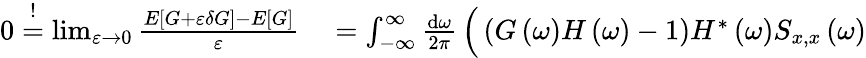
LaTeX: \begin{array}{rl}{0\stackrel{!}{=}\operatorname*{lim}_{\varepsilon\to 0}\frac{E\left[G+\varepsilon\delta G\right]-E\left[G\right]}{\varepsilon}}&{{}=\int_{-\infty}^{\infty}\frac{\mathrm{d}\omega}{2\pi}\, \Big(\left(G\left(\omega\right)H\left(\omega\right)-1\right)H^{*}\left(\omega\right)S_{x,x}\left(\omega\right)}\end{array}